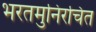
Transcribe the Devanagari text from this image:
भरतमुनिरचित